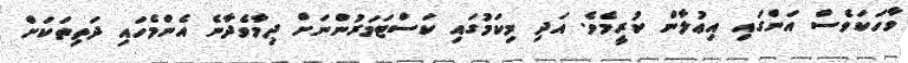
ވާހަކަވެސް އަންގައި އިޢުލާން ކުރީމެވެ. އަދި މިކަމުގައި ކަސްޓަމަރުންނަށް ދިމާވެދާނެ އެންމެހައި ދަތިތަކަށް